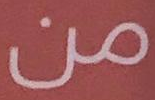
من